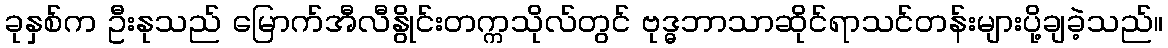
ခုနှစ်က ဦးနုသည် မြောက်အီလီနွိုင်းတက္ကသိုလ်တွင် ဗုဒ္ဓဘာသာဆိုင်ရာသင်တန်းများပို့ချခဲ့သည်။